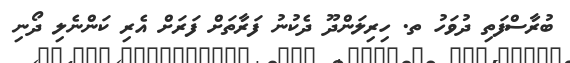
ބުރާސްފަތި ދުވަހު ތ. ހިރިލަންދޫ ދެކުނު ފަރާތަށް ފަރަށް އެރި ކަންނެލި ދޯނި